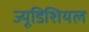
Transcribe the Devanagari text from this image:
ज्यूडिशियल